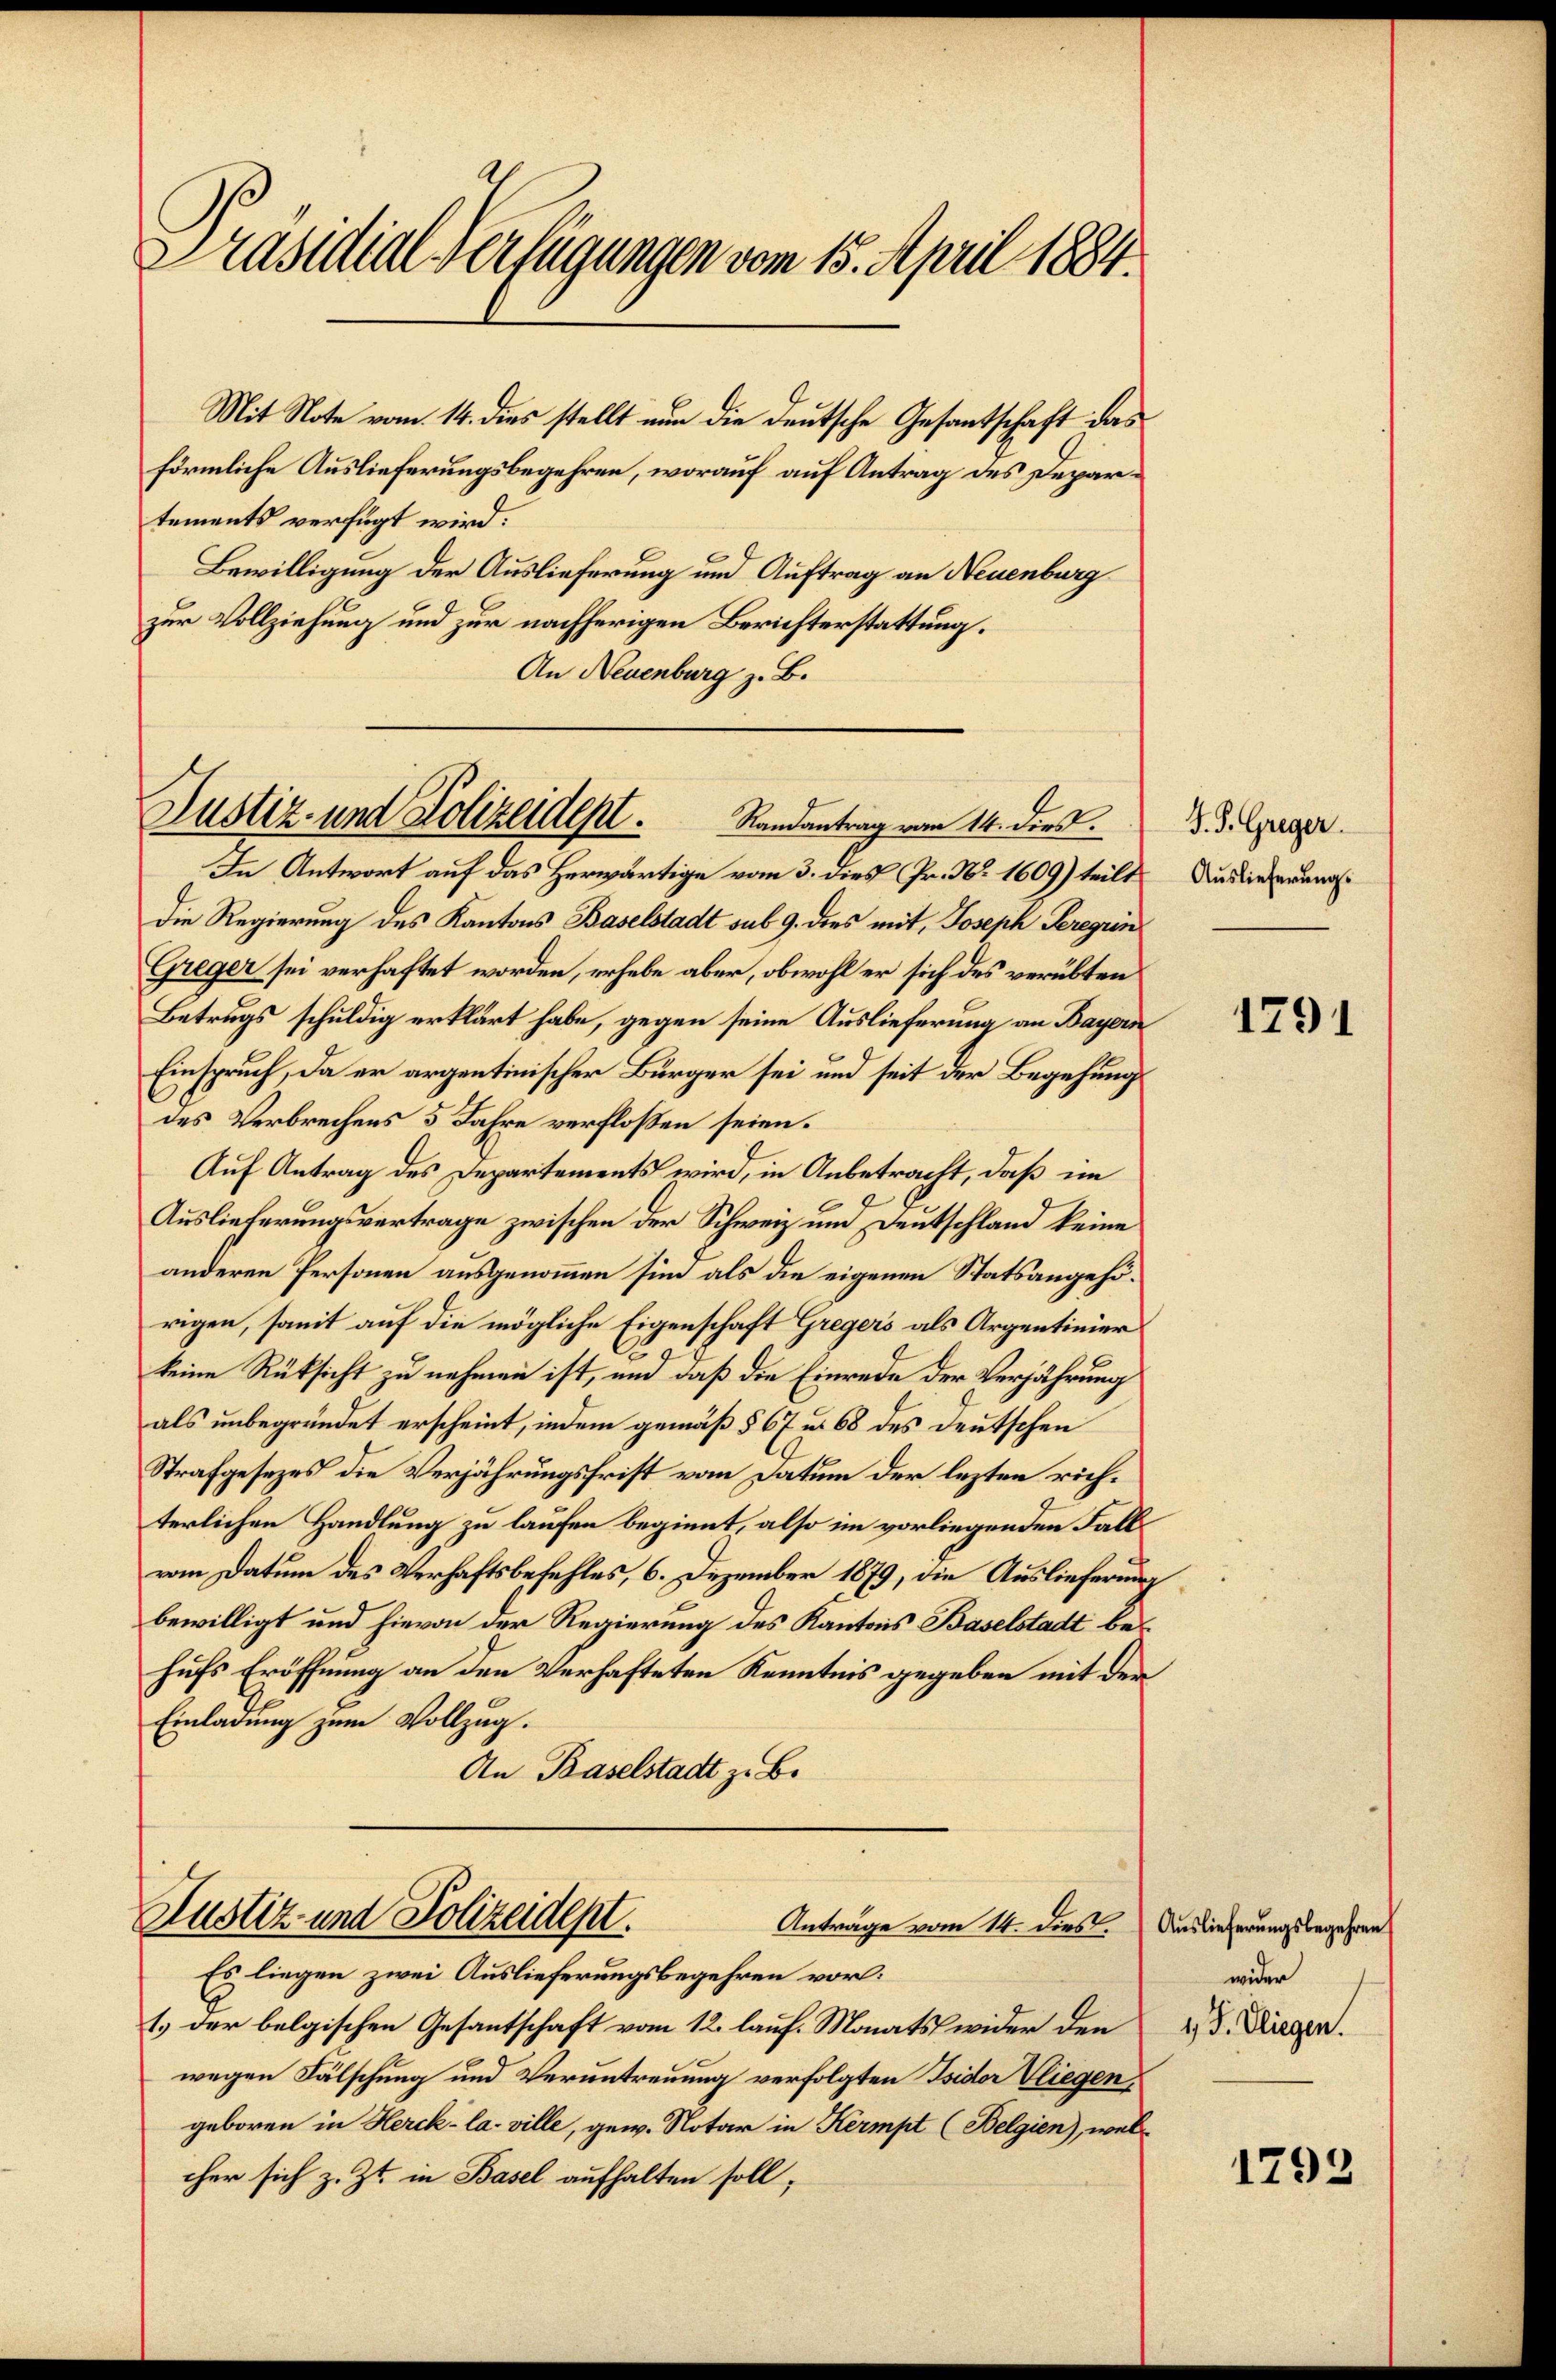
Präsidial-Verfügungen vom 15. April 1881.

Mit Note vom 14. dies stellt nun die deutsche Gesantschaft das
förmliche Auslieferungsbegehren, worauf auf Antrag des Departements verfügt wird:
Bewilligung der Auslieferung und Auftrag an Neuenburg
zur Vollziehung und zur nachherigen Berichterstattung.
An Neuenburg z. B.

Justiz- und Polizeident.
Randantrag vom 14. dies d. d. Greger

Justiz- und Polizeidept.
Antrage vom 14. dies Auslieferungsbegehren

In Antwort auf das Herwärtige vom 3. dies Fr. No. 1609) teilt Auslieferungs
Die Regierung des Kantons Baselstadt sub 9. dies mit, Joseph Seregrin¬
Greger sei verhaftet worden, erhebe aber, obwohl er sich des verübten
Betrugs schuldig erklärt habe, gegen seine Auslieferung an Bayern
Einspruch, da er argentinischer Bürger sei und seit der Begehung
des Verbrechens 5 Jahre verflossen seien.
Auf Antrag des Departements wird, in Anbetracht, daß im
Auslieferungsvertrage zwischen der Schweiz und Deutschland keine
anderen Personen ausgenommen sind als die eigenen Statsangehörigen, somit auf die mögliche Eigenschaft Gregers als Argentinier
A
keine Rüksicht zu nehmen ist, und daß die Einrede der Verjährung
als unbegründet erscheint, indem gemäß § 67 u. 68 des Deutschen
Strafgesezes die Verjährungsfrist vom Datum der lezten richterlichen Handlung zu laufen beginnt, also im vorliegenden Fall
vom Datum des Verhaftsbefehles, 6. Dezember 1879, die Auslieferung
bewilligt und hievon der Regierung des Kantons Baselstadt behufs Eröffnung an den Verhafteten Kenntnis gegeben mit der
Einladung zum Vollzug.
An Baselstadt z. B.

Es liegen zwei Auslieferungsbegehren vor:
1.) der belgischen Gesantschaft vom 12. lauf. Monats wider den
wegen Fälschung und Veruntreuung verfolgten Isidor Vliegen,
geboren in Herck- la ville, gew. Notar in Kermpt (Belgien), wel
cher sich z. Zt. in Basel aufhalten soll,

1791

wider
1 J. Fliegen.

1793